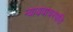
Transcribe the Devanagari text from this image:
न्यायवाचस्पति